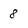
Character: 8